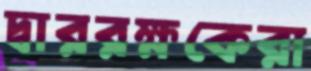
দ্বাররক্ষকেরা